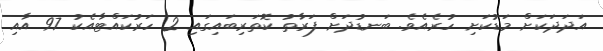
އަދަދަކަށް މަޑުކަށި ހުރެއެވެ. ބަނޑުދަށް ފަރާތު ކޮތަރިބައިގައި 2 ހަރުކައްޓާއެކު 97 އާއި